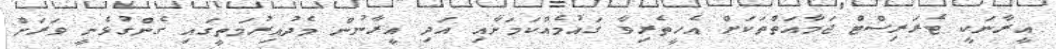
އީރާނަކީ ޓެރަރިސްޓް ޖަމާއަތްތަކަށް އެހީތެރިވާ ގައުމެއްކަމަށާއި އަދި އީރާނުން މެދުއިރުމަތީގައި ގެންގުޅެނީ ވަރަށް